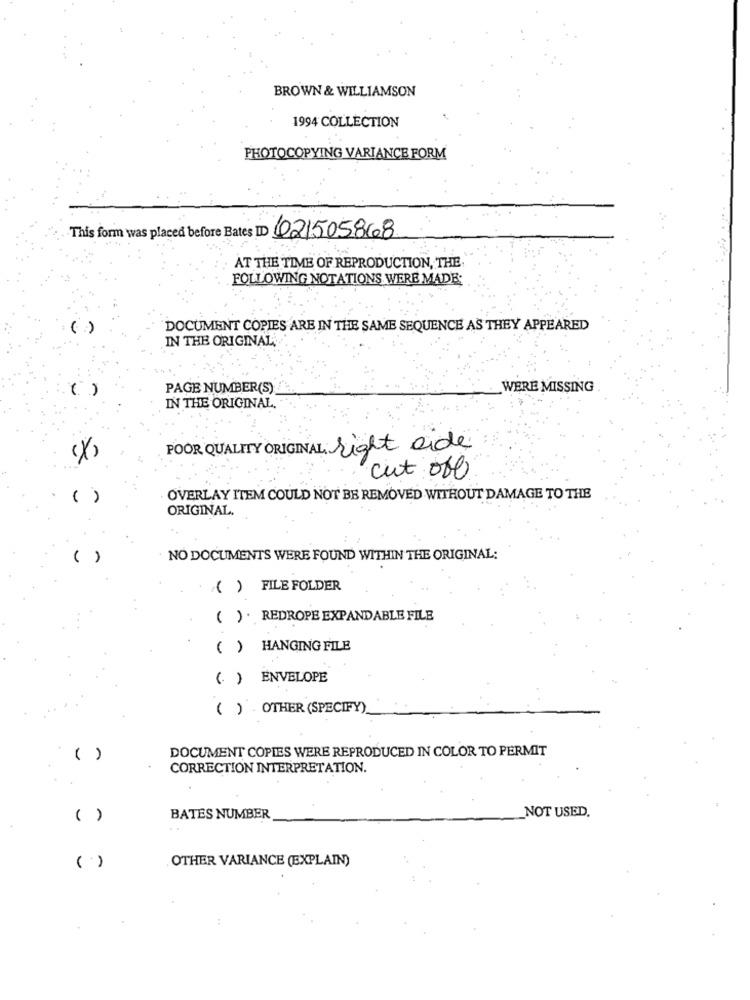
BROWN & WILLIAMSON
1994 COLLECTION
PHOTOCOPYING VARIANCE FORM
This form was placed before Bates ID 021505868
AT THE TIME OF REPRODUCTION, THE.
FOLLOWING NOTATIONS WERE MADE:
DOCUMENT COPIES ARE IN THE SAME SEQUENCE AS THEY APPEARED
IN THE ORIGINAL
(.)
PAGE NUMBER(S)
WERE MISSING
IN THE ORIGINAL,
POOR QUALITY ORIGINAL: right side
cut off
( )
OVERLAY ITEM COULD NOT BE REMOVED WITHOUT DAMAGE TO THE
ORIGINAL.
( )
NO DOCUMENTS WERE FOUND WITHIN THE ORIGINAL:
() FILE FOLDER
( ) .REDROPE EXPANDABLE FILE
( ) HANGING FILE
(. ) ENVELOPE
( ) OTHER (SPECIFY)
( )
DOCUMENT COPIES WERE REPRODUCED IN COLOR TO PERMIT
CORRECTION INTERPRETATION.
NOT USED.
( )
BATES NUMBER
OTHER VARIANCE (EXPLAIN)
()